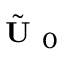
\tilde { \textbf { U } } _ { 0 }